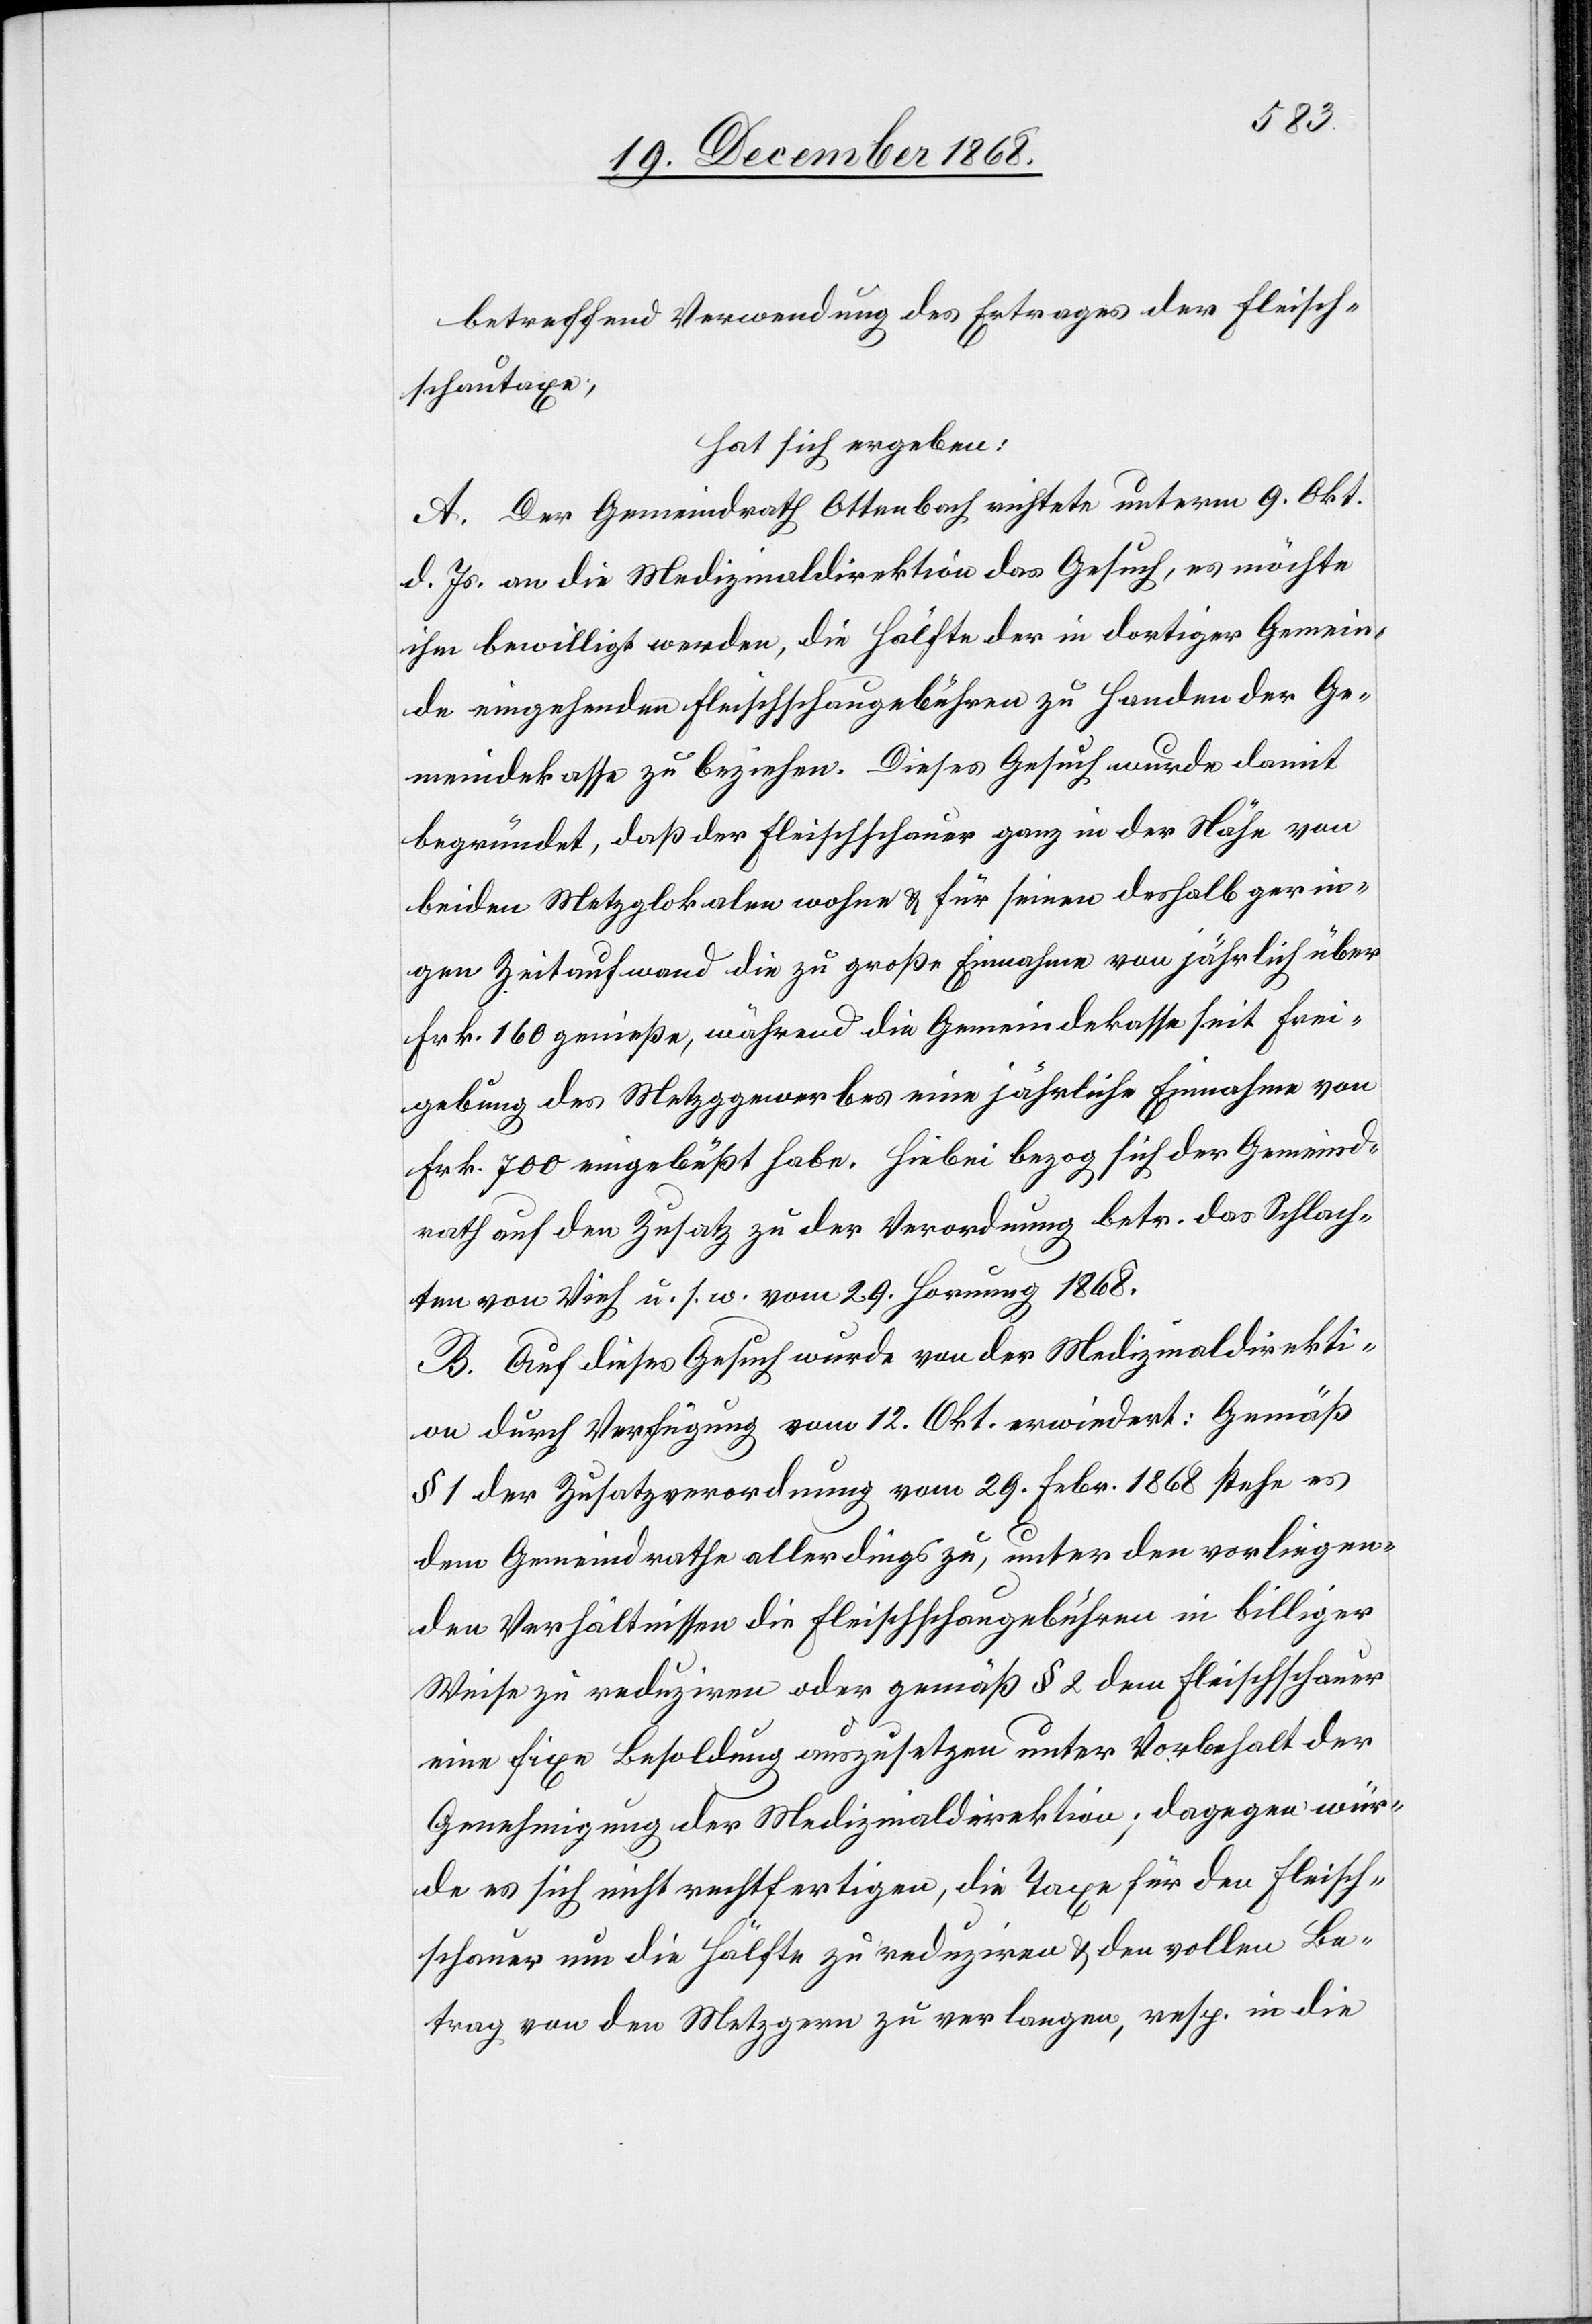
betreffend Verwendung des Ertrages der Fleisch¬
schautaxe,
hat sich ergeben:
A. Der Gemeindrath Ottenbach richtete unterm 9. Okt.
d. Js. an die Medizinaldirektion das Gesuch, es möchte
ihm bewilligt werden, die Hälfte der in dortiger Gemein¬
de eingehenden Fleischschaugebühren zu Handen der Ge¬
meindekasse zu beziehen. Dieses Gesuch wurde damit
begründet, daß der Fleischschauer ganz in der Nähe von
beiden Metzglokalen wohne & für seinen deshalb gerin¬
gen Zeitaufwand die zu große Einnahme von jährlich über
Frk. 160 genieße, während die Gemeindekasse seit Frei¬
gebung des Metzggewerbes eine jährliche Einnahme von
Frk. 700 eingebüßt habe. Hiebei bezog sich der Gemeind¬
rath auf den Zusatz zu der Verordnung betr. das Schlach¬
ten von Vieh u. s. w. vom 29. Hornung 1868.
B. Auf dieses Gesuch wurde von der Medizinaldirekti¬
on durch Verfügung vom 12. Okt. erwiedert: Gemäß
§ 1 der Zusatzverordnung vom 29. Febr. 1868 stehe es
dem Gemeindrathe allerdings zu, unter den vorliegen¬
den Verhältnissen die Fleischschaugebühren in billiger
Weise zu reduziren oder gemäß § 2 dem Gleischschauer
eine fixe Besoldung auszusetzen unter Vorbehalt der
Genehmigung der Medizinaldirektion; dagegen wür¬
de es sich nicht rechtfertigen, die Taxe für den Fleisch¬
schauer um die Hälfte zu reduziren & den vollen Be¬
trag von den Metzgern zu verlangen, resp. in die